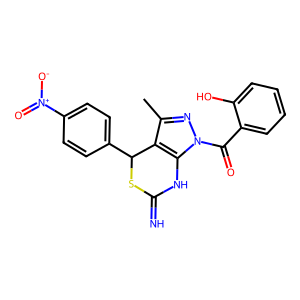
SMILES: Cc1nn(C(=O)c2ccccc2O)c2c1C(c1ccc([N+](=O)[O-])cc1)SC(=N)N2
Inhibits HIV replication: No